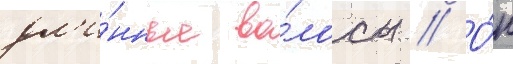
дл'и́нные во́лосы // О́н